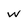
Character: w